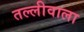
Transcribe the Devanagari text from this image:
तल्लीवाला